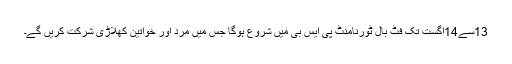
13سے14اگست تک فٹ بال ٹورنامنٹ پی ایس بی میں شروع ہوگا جس میں مرد اور خواتین کھلاڑی شرکت کریں گے۔